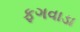
ફગવાડા